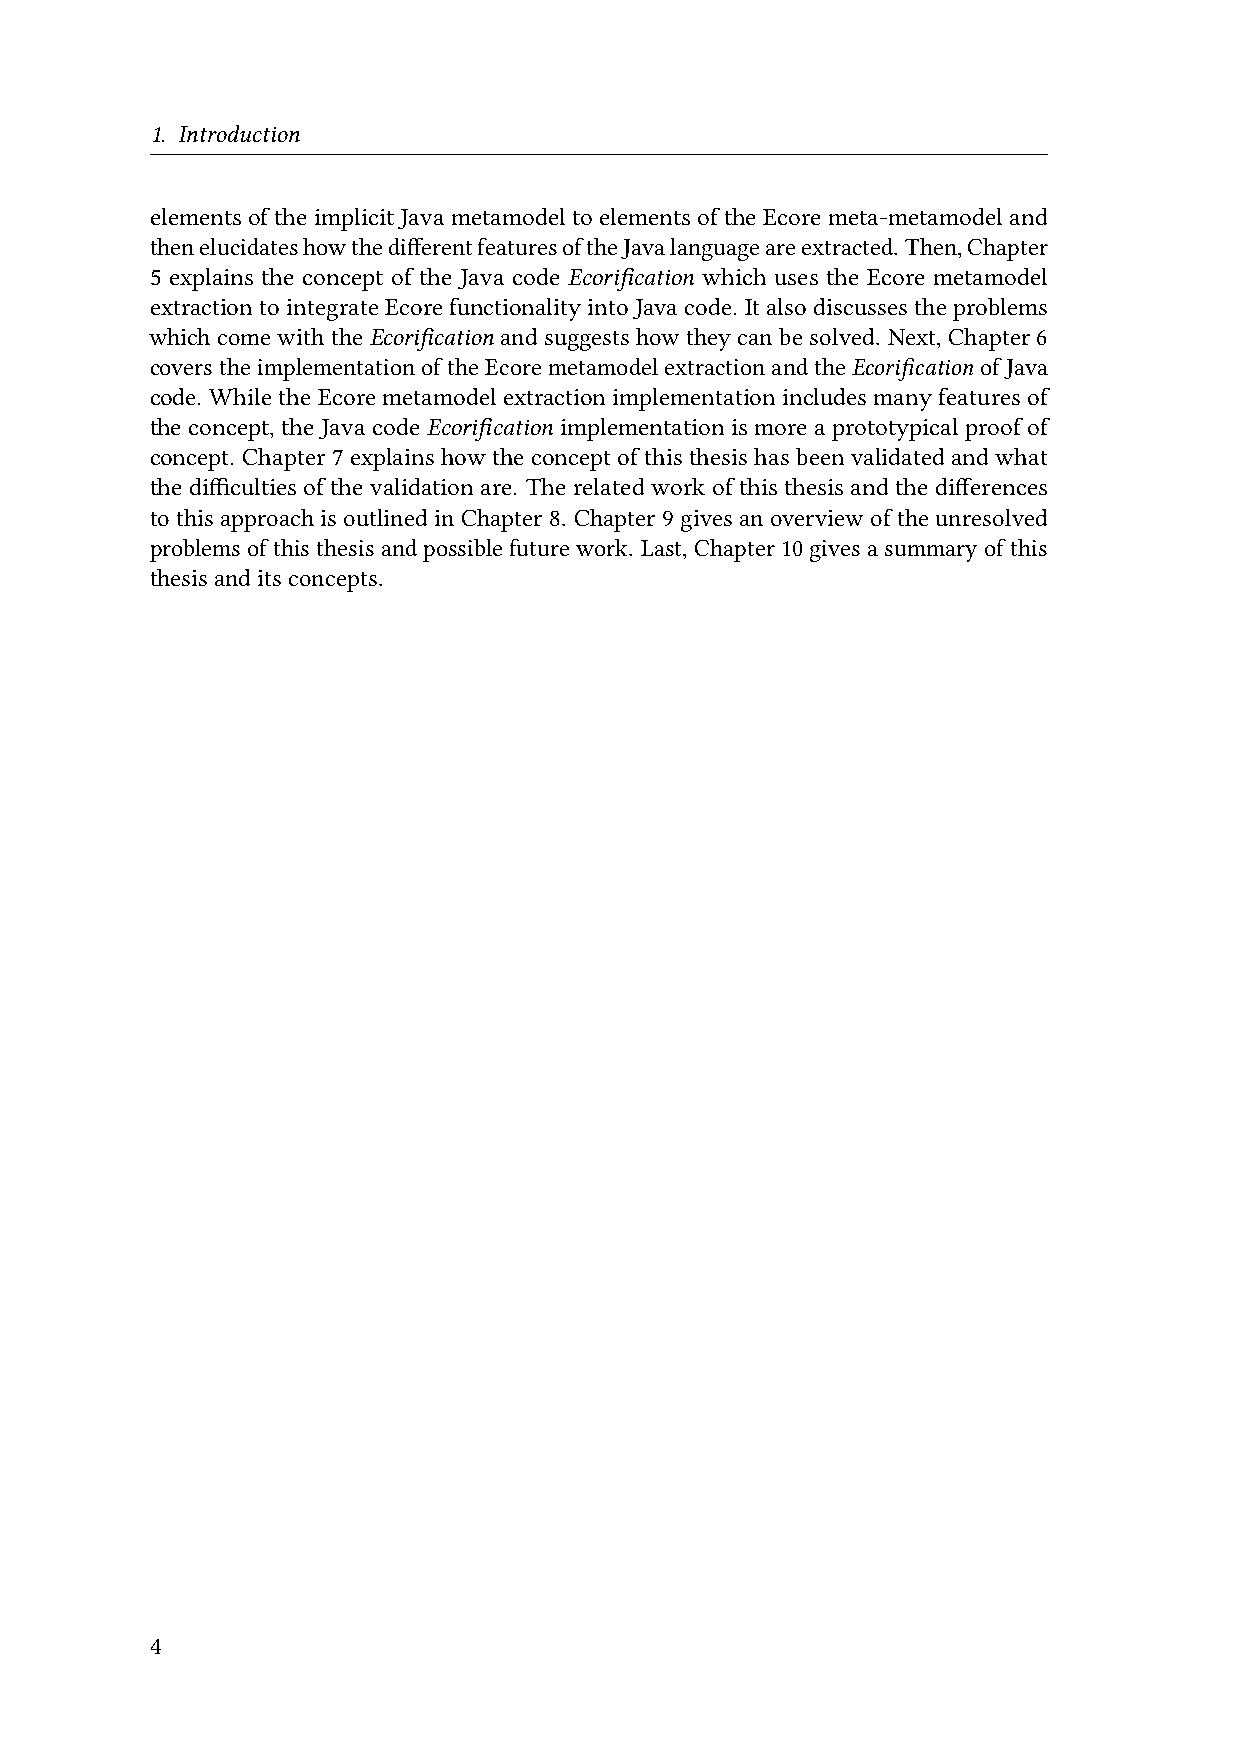
1. Introduction
 elementsoftheimplicitJavametamodeltoelementsoftheEcoremeta-metamodeland
 thenelucidateshowthedifferentfeaturesoftheJavalanguageareextracted. Then,Chapter
 5 explains the concept of the Java code Ecorification which uses the Ecore metamodel
 extractiontointegrateEcorefunctionalityintoJavacode. Italsodiscussestheproblems
 whichcomewiththeEcorification andsuggestshowtheycanbesolved. Next,Chapter6
 coverstheimplementationoftheEcoremetamodelextractionandtheEcorificationofJava
 code. WhiletheEcoremetamodelextractionimplementationincludesmanyfeaturesof
 the concept, the Java code Ecorification implementation is more a prototypical proof of
 concept. Chapter 7explains howthe conceptof thisthesishas beenvalidatedand what
 the difficulties of the validation are. The related work of this thesis and the differences
 tothisapproachisoutlinedinChapter8. Chapter9givesanoverviewoftheunresolved
 problemsofthisthesisandpossiblefuturework. Last,Chapter10givesasummaryofthis
 thesisanditsconcepts.
 4